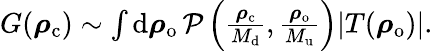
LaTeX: \begin{array}{r}{G(\boldsymbol{\mathbf{\rho}}_{\mathrm{c}})\sim\int\mathrm{d}\boldsymbol{\mathbf{\rho}}_{\mathrm{o}}\, \mathcal{P}\left(\frac{\boldsymbol{\mathbf{\rho}}_{\mathrm{c}}}{M_{\mathrm{d}}},\frac{\boldsymbol{\mathbf{\rho}}_{\mathrm{o}}}{M_{\mathrm{u}}}\right)|T(\boldsymbol{\mathbf{\rho}}_{\mathrm{o}})|.}\end{array}